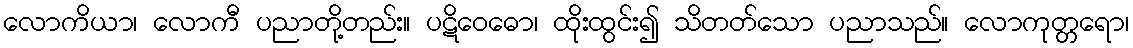
လောကိယာ၊ လောကီ ပညာတို့တည်း။ ပဋိဝေဓော၊ ထိုးထွင်း၍ သိတတ်သော ပညာသည်။ လောကုတ္တရော၊